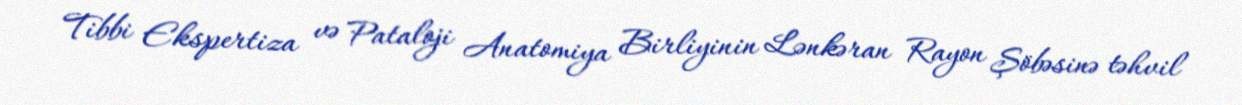
Tibbi Ekspertiza və Pataloji Anatomiya Birliyinin Lənkəran Rayon Şöbəsinə təhvil